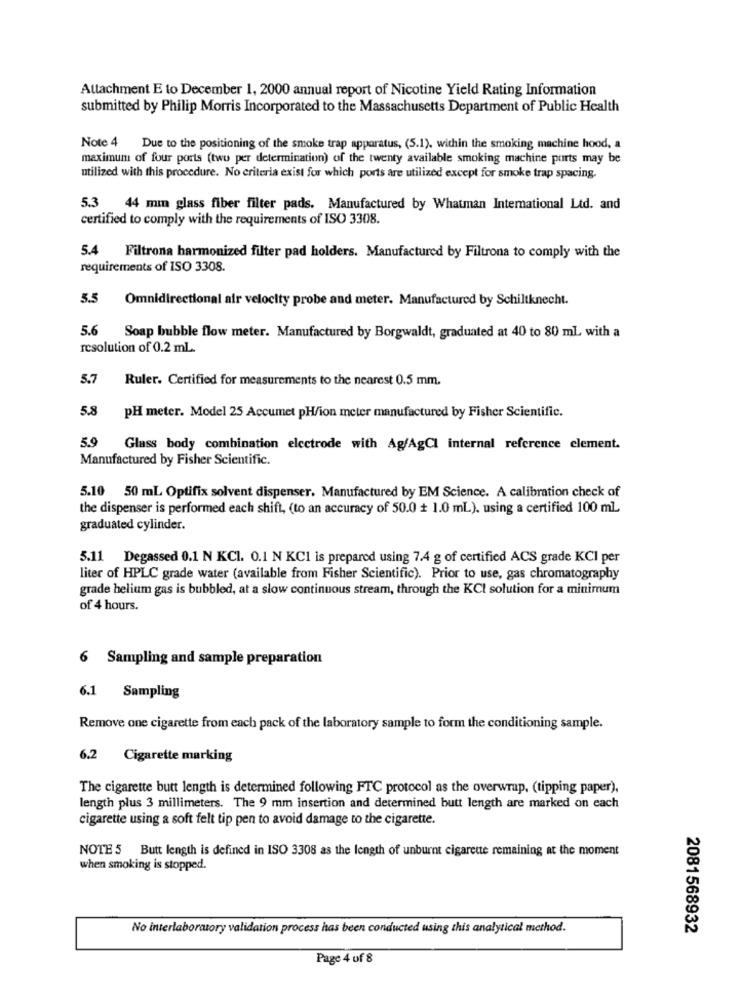
Attachment E to December 1, 2000 annual report of Nicotine Yield Rating Information
submitted by Philip Morris Incorporated to the Massachusetts Department of Public Health
Note 4 Due to the positioning of the smoke trap apparatus, (5.1). within the smoking machine hood, a
maximum of four ports (two per determination) of the twenty available smoking machine ports may be
utilized with this procedure. No criteria exist for which ports are utilized except for smoke trap spacing.
5.3
44 mm glass fiber filter pads. Manufactured by Whatman International Ltd. and
certified to comply with the requirements of ISO 3308.
5.4 Filtrona harmonized filter pad holders. Manufactured by Filtrona to comply with the
requirements of ISO 3308.
5.5
Omnidirectional air velocity probe and meter. Manufactured by Schiltknecht.
5.6 Soap bubble flow meter. Manufactured by Borgwaldt, graduated at 40 to 80 mL with a
resolution of 0.2 mL.
5.7
Ruler. Certified for measurements to the nearest 0.5 mm.
5.8 pH meter. Model 25 Accumet pH/ion meter manufactured by Fisher Scientific.
5.9 Glass body combination electrode with Ag/AgCl internal reference clement.
Manufactured by Fisher Scientific.
5.10 50 mL Optifix solvent dispenser. Manufactured by EM Science. A calibration check of
the dispenser is performed each shift, (to an accuracy of 50.0 + 1.0 mL). using a certified 100 ml
graduated cylinder.
5.11 Degassed 0.1 N KCl. 0.1 N KCI is prepared using 7.4 g of certified ACS grade KCI per
liter of HPLC grade water (available from Fisher Scientific). Prior to use, gas chromatography
grade helium gas is bubbled, at a slow continuous stream, through the KCI solution for a minimum
of 4 hours.
6 Sampling and sample preparation
6.1 Sampling
Remove one cigarette from each pack of the laboratory sample to form the conditioning sample.
6.2 Cigarette marking
The cigarette butt length is determined following FTC protocol as the overwrap, (tipping paper),
length plus 3 millimeters. The 9 mm insertion and determined butt length are marked on each
cigarette using a soft felt tip pen to avoid damage to the cigarette.
NOTE 5 Butt length is defined in ISO 3308 as the length of unburnt cigarette remaining at the moment
when smoking is stopped.
No interlaboratory validation process has been conducted using this analytical method.
2081568932
Page 4 of 8